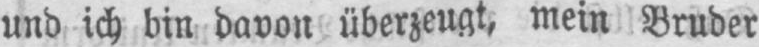
und ich bin davon überzeugt, mein Bruder